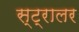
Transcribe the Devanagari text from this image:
स्ट्रालर